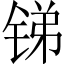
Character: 锑